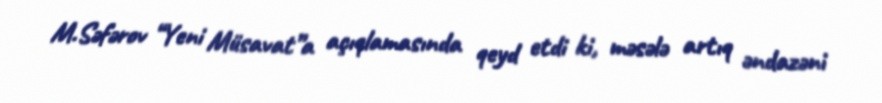
M.Səfərov “Yeni Müsavat”a açıqlamasında qeyd etdi ki, məsələ artıq əndazəni